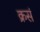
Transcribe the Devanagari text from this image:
क्रसं